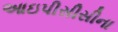
આઇપીસીસીના